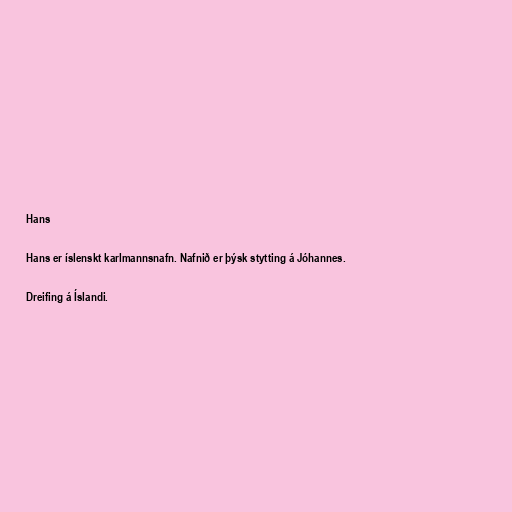
Hans

Hans er íslenskt karlmannsnafn. Nafnið er þýsk stytting á Jóhannes.

Dreifing á Íslandi.